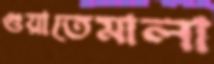
গুয়াতেমালা